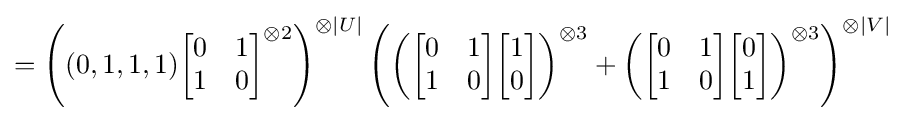
=\left((0,1,1,1){\begin{bmatrix}0&1\\1&0\end{bmatrix}}^{\otimes 2}\right)^{\otimes |U|}\left(\left({\begin{bmatrix}0&1\\1&0\end{bmatrix}}{\begin{bmatrix}1\\0\end{bmatrix}}\right)^{\otimes 3}+\left({\begin{bmatrix}0&1\\1&0\end{bmatrix}}{\begin{bmatrix}0\\1\end{bmatrix}}\right)^{\otimes 3}\right)^{\otimes |V|}